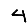
Digit: 4